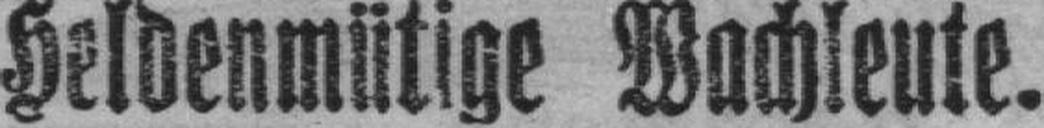
Heldenmütige Wachleute.